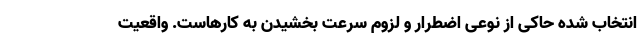
انتخاب شده حاکی از نوعی اضطرار و لزوم سرعت بخشیدن به کارهاست. واقعیت